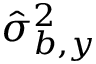
\hat { \sigma } _ { b , y } ^ { 2 }